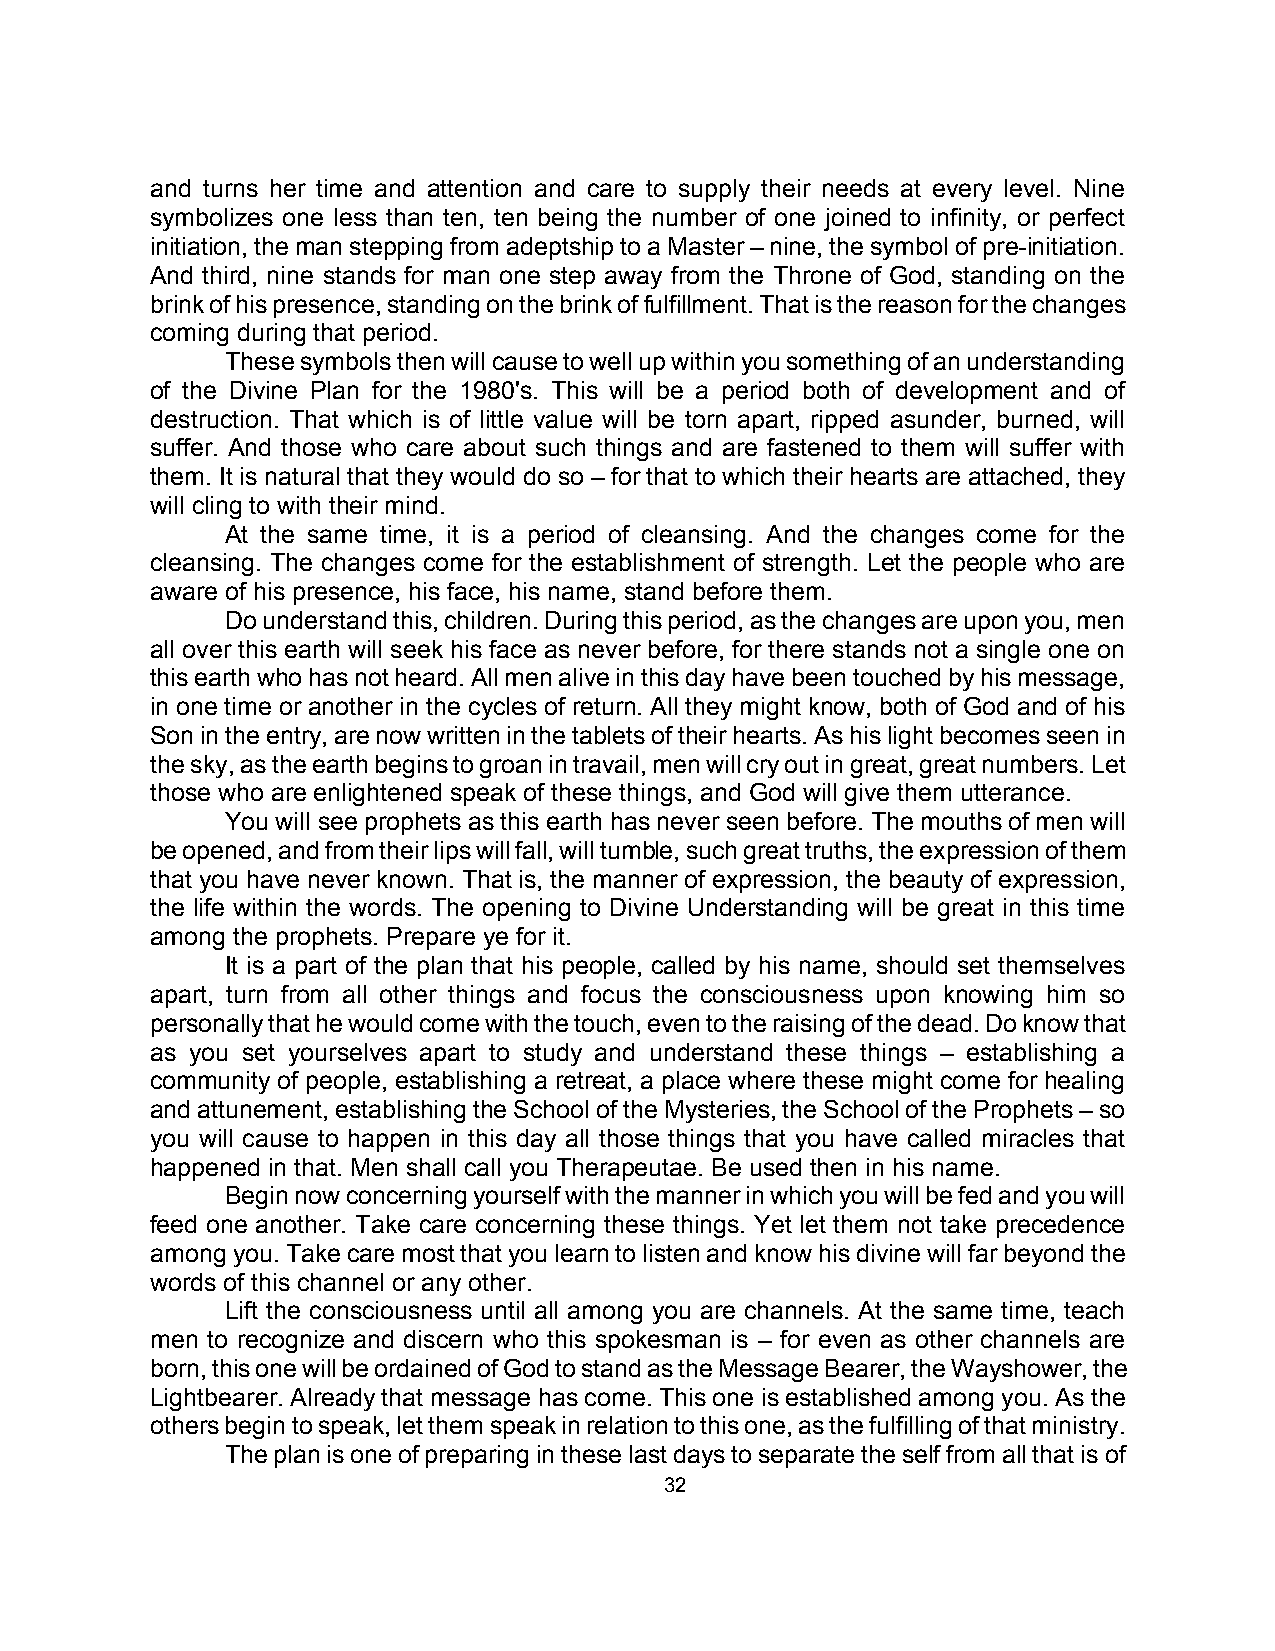
and turns her time and attention and care to supply their needs at every level. Nine
 symbolizes one less than ten, ten being the number of one joined to infinity, or perfect
 initiation, the man stepping from adeptship to a Master – nine, the symbol of pre-initiation.
 And third, nine stands for man one step away from the Throne of God, standing on the
 brink of his presence, standing on the brink of fulfillment. That is the reason for the changes
 coming during that period.
 These symbols then will cause to well up within you something of an understanding
 of the Divine Plan for the 1980's. This will be a period both of development and of
 destruction. That which is of little value will be torn apart, ripped asunder, burned, will
 suffer. And those who care about such things and are fastened to them will suffer with
 them. It is natural that they would do so – for that to which their hearts are attached, they
 will cling to with their mind.
 At the same time, it is a period of cleansing. And the changes come for the
 cleansing. The changes come for the establishment of strength. Let the people who are
 aware of his presence, his face, his name, stand before them.
 Do understand this, children. During this period, as the changes are upon you, men
 all over this earth will seek his face as never before, for there stands not a single one on
 this earth who has not heard. All men alive in this day have been touched by his message,
 in one time or another in the cycles of return. All they might know, both of God and of his
 Son in the entry, are now written in the tablets of their hearts. As his light becomes seen in
 the sky, as the earth begins to groan in travail, men will cry out in great, great numbers. Let
 those who are enlightened speak of these things, and God will give them utterance.
 You will see prophets as this earth has never seen before. The mouths of men will
 be opened, and from their lips will fall, will tumble, such great truths, the expression of them
 that you have never known. That is, the manner of expression, the beauty of expression,
 the life within the words. The opening to Divine Understanding will be great in this time
 among the prophets. Prepare ye for it.
 It is a part of the plan that his people, called by his name, should set themselves
 apart, turn from all other things and focus the consciousness upon knowing him so
 personally that he would come with the touch, even to the raising of the dead. Do know that
 as you set yourselves apart to study and understand these things – establishing a
 community of people, establishing a retreat, a place where these might come for healing
 and attunement, establishing the School of the Mysteries, the School of the Prophets – so
 you will cause to happen in this day all those things that you have called miracles that
 happened in that. Men shall call you Therapeutae. Be used then in his name.
 Begin now concerning yourself with the manner in which you will be fed and you will
 feed one another. Take care concerning these things. Yet let them not take precedence
 among you. Take care most that you learn to listen and know his divine will far beyond the
 words of this channel or any other.
 Lift the consciousness until all among you are channels. At the same time, teach
 men to recognize and discern who this spokesman is – for even as other channels are
 born, this one will be ordained of God to stand as the Message Bearer, the Wayshower, the
 Lightbearer. Already that message has come. This one is established among you. As the
 others begin to speak, let them speak in relation to this one, as the fulfilling of that ministry.
 The plan is one of preparing in these last days to separate the self from all that is of
 32